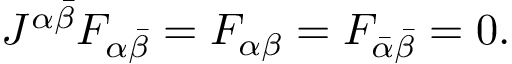
J ^ { \alpha \bar { \beta } } F _ { \alpha \bar { \beta } } = F _ { \alpha \beta } = F _ { \bar { \alpha } \bar { \beta } } = 0 .